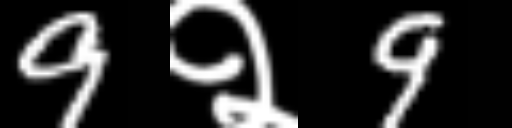
Text: 9२9